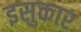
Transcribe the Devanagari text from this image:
इसुकार